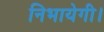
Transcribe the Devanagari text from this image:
निभायेगी।